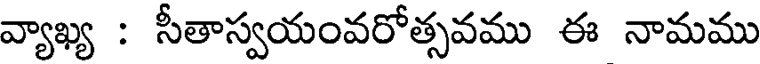
వ్యాఖ్య : సీతాస్వయంవరోత్సవము ఈ నామము